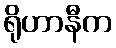
ရိုဟာနီက